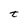
Character: t